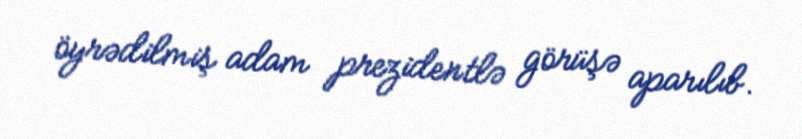
öyrədilmiş adam prezidentlə görüşə aparılıb.